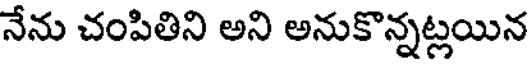
నేను చంపితిని అని అనుకొన్నట్లయిన